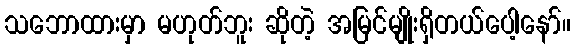
သဘောထားမှာ မဟုတ်ဘူး ဆိုတဲ့ အမြင်မျိုးရှိတယ်ပေါ့နော်။